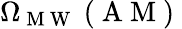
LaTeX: \Omega_{\mathrm{~M~W~}}\mathrm{~(~A~M~)~}